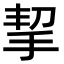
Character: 挈